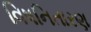
વિષનિતારણ